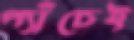
প্যাঁচেই